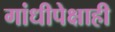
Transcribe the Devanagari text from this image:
गांधीपेक्षाही